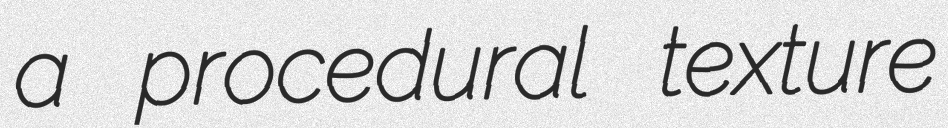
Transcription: a procedural texture